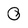
Character: 0